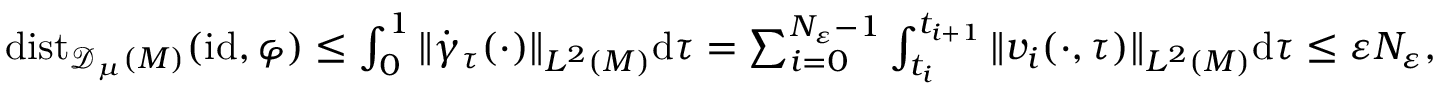
\begin{array} { r } { \mathrm { d i s t } _ { { \mathscr { D } _ { \mu } ( M ) } } ( \mathrm { i d } , \varphi ) \leq \int _ { 0 } ^ { 1 } \| \dot { \gamma } _ { \tau } ( \cdot ) \| _ { L ^ { 2 } ( M ) } \mathrm { d } \tau = \sum _ { i = 0 } ^ { N _ { \varepsilon } - 1 } \int _ { t _ { i } } ^ { t _ { i + 1 } } \| v _ { i } ( \cdot , \tau ) \| _ { L ^ { 2 } ( M ) } \mathrm { d } \tau \leq \varepsilon N _ { \varepsilon } , } \end{array}